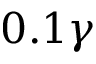
0 . 1 \gamma